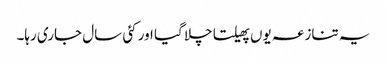
یہ تنازعہ یوں پھیلتا چلا گیا اور کئی سال جاری رہا۔